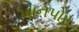
ખાનપોર